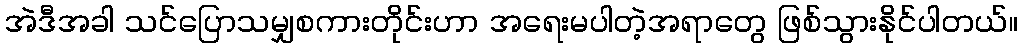
အဲဒီအခါ သင်ပြောသမျှစကားတိုင်းဟာ အရေးမပါတဲ့အရာတွေ ဖြစ်သွားနိုင်ပါတယ်။